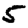
Digit: 5